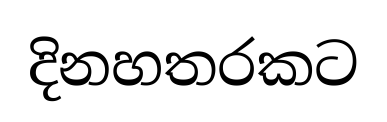
දිනහතරකට